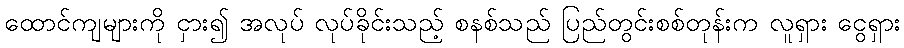
ထောင်ကျများကို ငှား၍ အလုပ် လုပ်ခိုင်းသည့် စနစ်သည် ပြည်တွင်းစစ်တုန်းက လူရှား ငွေရှား